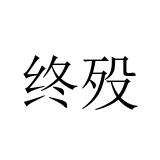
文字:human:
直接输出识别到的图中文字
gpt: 终殁